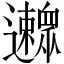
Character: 𨙛